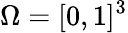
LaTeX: \Omega=[0,1]^{3}